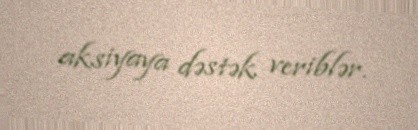
aksiyaya dəstək veriblər.